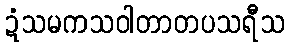
ဍံသမကသဝါတာတပသရီသ